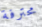
محترفة